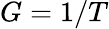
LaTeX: G=1/T